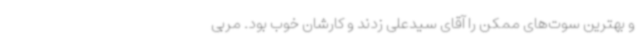
و بهترین سوت‌های ممکن را آقای سیدعلی زدند و کارشان خوب بود. مربی